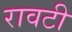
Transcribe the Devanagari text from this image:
रावटी